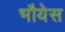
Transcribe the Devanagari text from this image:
भौयेस